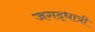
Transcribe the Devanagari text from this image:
जगद्‌धात्री